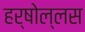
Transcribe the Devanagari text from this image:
हर्षोल्लस